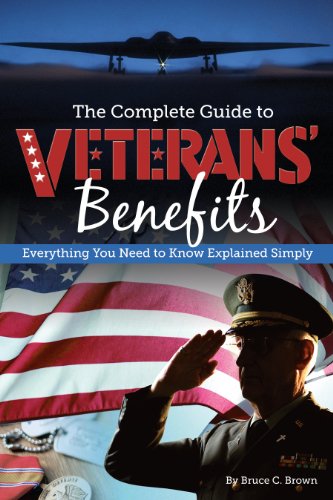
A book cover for The Complete Guide to Veterans' Benefits: Everything You Need to Know Explained Simply; Bruce C Brown; Law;